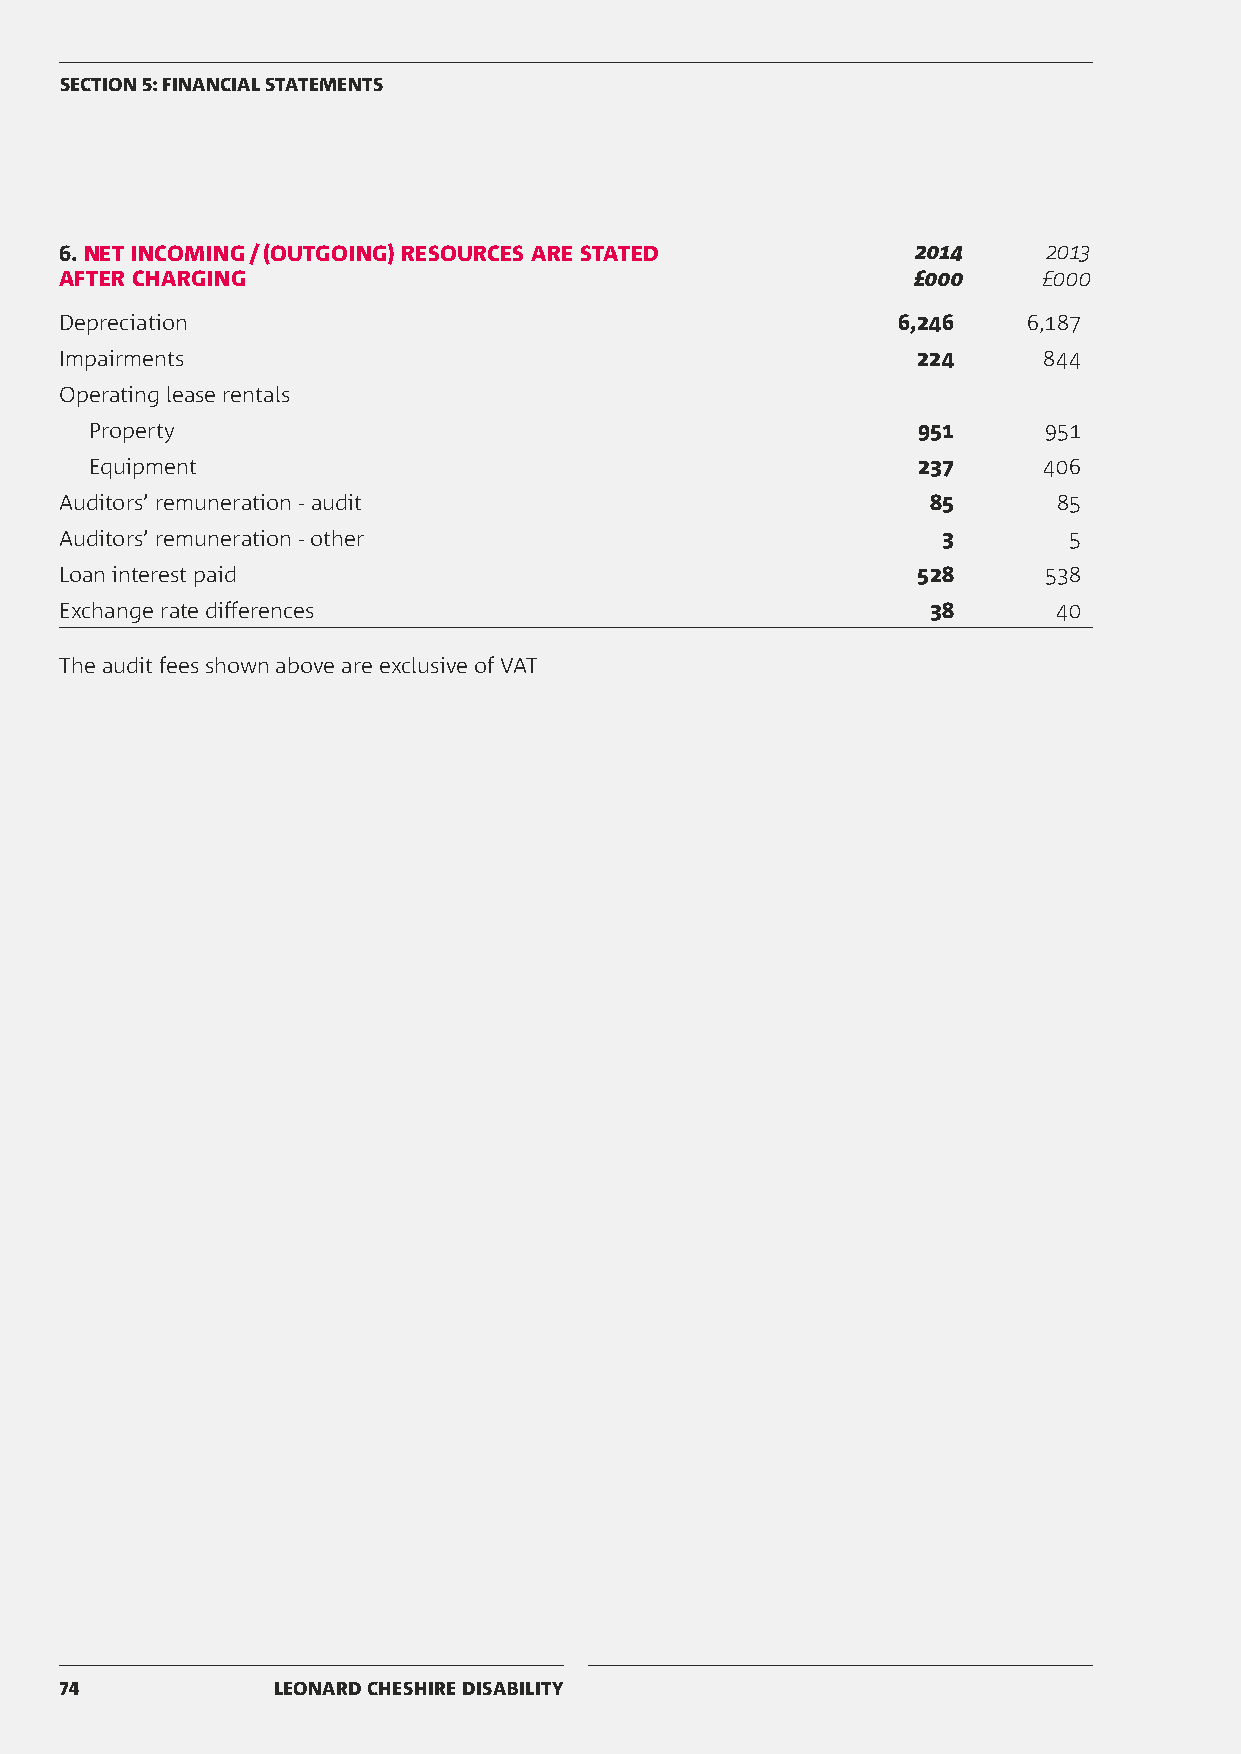
SECTION 5: FINANCIAL STATEMENTS
 6. NET INCOMING / (OUTGOING) RESOURCES ARE STATED        2014    2013
 AFTER CHARGING                                          £000     £000
 Depreciation                                           6,246    6,187
 Impairments                                              224     844
 Operating lease rentals
 Property                                               951     951
 Equipment                                              237     406
 Auditors’ remuneration - audit                            85      85
 Auditors’ remuneration - other                            3        5
 Loan interest paid                                       528     538
 Exchange rate differences                                38       40
 The audit fees shown above are exclusive of VAT
 74            LEONARD CHESHIRE DISABILITY